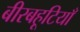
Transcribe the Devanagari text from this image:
बीरबहूटियाँ